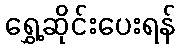
ရွှေ့ဆိုင်းပေးရန်